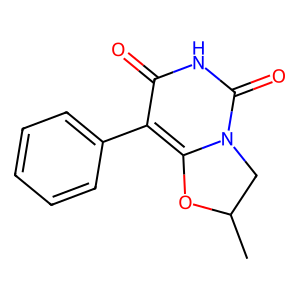
SMILES: CC1Cn2c(c(-c3ccccc3)c(=O)[nH]c2=O)O1
Inhibits HIV replication: No